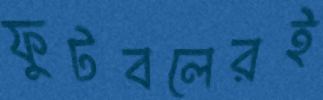
ফুটবলেরই